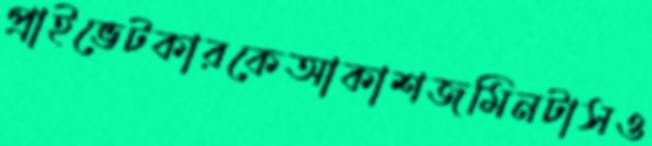
প্রাইভেটকারকেআকাশজমিনটাসও